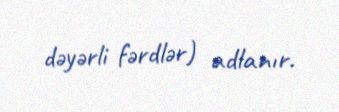
dəyərli fərdlər) adlanır.